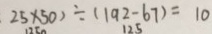
2 5 \times 5 0 ) \div ( 1 9 2 - 6 7 ) = 1 0